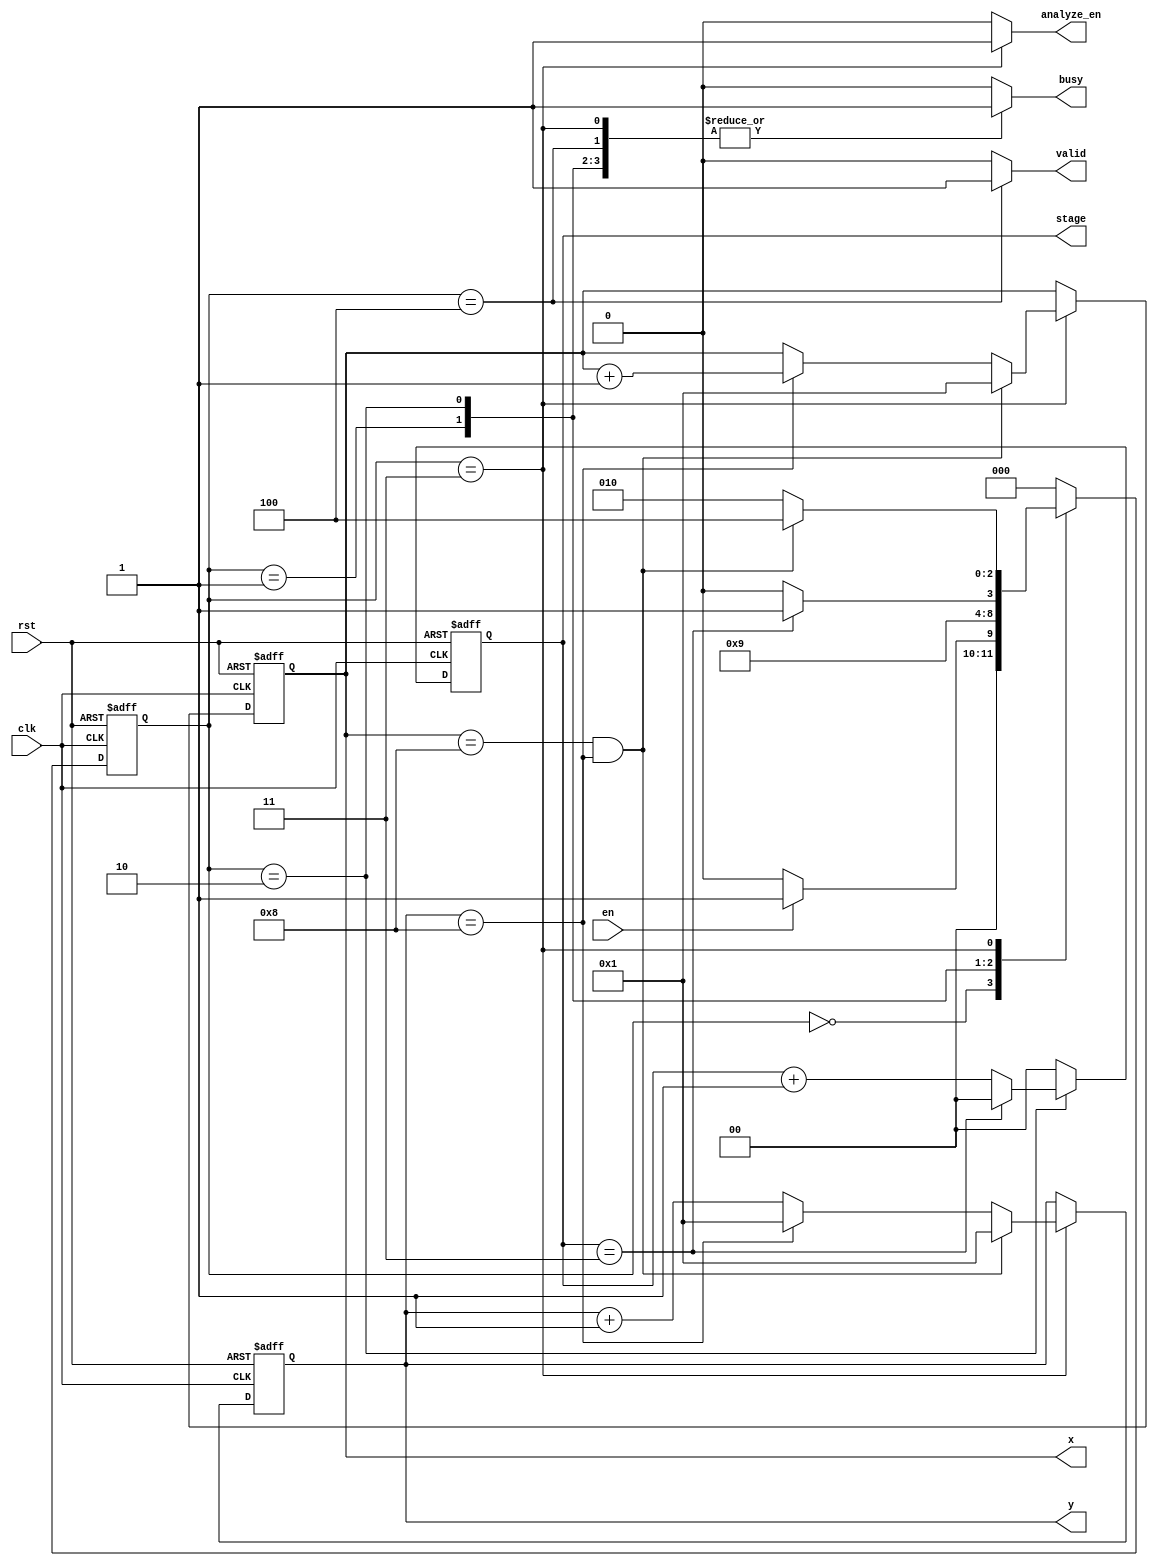
module Controller( clk,
                   rst,
                   en,
                   busy,
                   x,
                   y,
                   stage,
                   analyze_en,
                   valid                
                 );

input clk,rst;
input en;
output reg busy;
output [3:0] x,y;
output [1:0] stage;
output analyze_en;
output valid;

parameter IDLE=3'd0,
          RECV=3'd1,
          PROCESS=3'd2,
          ANALYZE=3'd3,
          DONE=3'd4;

reg [2:0] state, n_state;
reg [3:0] coordinate_x, coordinate_y;
reg [3:0] next_x,next_y;
reg [1:0] process_cnt, next_cnt;



assign x=coordinate_x;
assign y=coordinate_y;
assign analyze_en=(state==ANALYZE)?1'b1:1'b0; // if analyze enable then do accumulate
assign stage=process_cnt; //process stage
assign valid=(state==DONE)?1'b1:1'b0; //valid signal

// FSM
always@(posedge clk or posedge rst)begin
    if(rst)begin
        state<=IDLE;
    end
    else begin
        state<=n_state;
    end
end
always@(*)begin
    case(state)
        IDLE:begin
            if(en)begin
                n_state=RECV;
            end
            else begin
                n_state=IDLE;
            end
        end
        RECV:begin
            n_state=PROCESS;
        end
        PROCESS:begin
            if(process_cnt==2'd3)begin
                n_state=ANALYZE;
            end
            else begin
                n_state=PROCESS;
            end
        end
        ANALYZE:begin
            if(x==4'd8 && y==4'd8)begin
                n_state=DONE;
            end
            else begin
                n_state=PROCESS;
            end
        end
        DONE:begin
            n_state=IDLE;
        end
        default:begin
            n_state=IDLE;
        end
    endcase
end

// x,y
always@(posedge clk or posedge rst)begin
    if(rst)begin
        coordinate_x<=4'd1;
        coordinate_y<=4'd1;
    end
    else begin
        coordinate_x<=next_x;
        coordinate_y<=next_y;
    end
end
always@(*)begin
    if(state==ANALYZE)begin
        if(coordinate_x==4'd8 &&coordinate_y==4'd8)begin
            next_x=4'd1;
            next_y=4'd1;
        end
        else if(coordinate_y==4'd8)begin
            next_x=coordinate_x+4'd1;
            next_y=4'd1;
        end
        else begin
            next_x=coordinate_x;
            next_y=coordinate_y+4'd1;
        end
    end
    else begin
        next_x=coordinate_x;
        next_y=coordinate_y;
    end
end

// process_cycle
always@(posedge clk or posedge rst)begin
    if(rst)begin
        process_cnt<=2'd0;
    end
    else begin
        process_cnt<=next_cnt;
    end
end
always@(*)begin
    if(state==PROCESS)begin
        if(process_cnt==2'd3)begin
            next_cnt=2'd0;
        end
        else begin
            next_cnt=process_cnt+2'd1;
        end
    end
    else begin
        next_cnt=2'd0;
    end
end

always@(*)begin
    case(state)
        IDLE:begin
            busy=1'b0;
        end
        RECV:begin
            busy=1'b1;
        end
        PROCESS:begin
            busy=1'b1;
        end
        ANALYZE:begin
            busy=1'b1;
        end
        DONE:begin
            busy=1'b1;
        end
        default:begin
            busy=1'b0;
        end
    endcase
end


endmodule